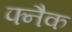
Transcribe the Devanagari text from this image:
फ्नैक